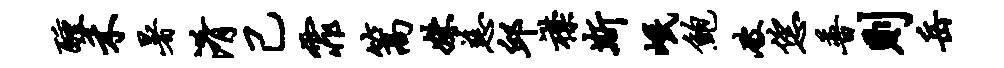
醺禾暑淆己霏篙姝慈邱襟斯岷鲍破恁普则岳